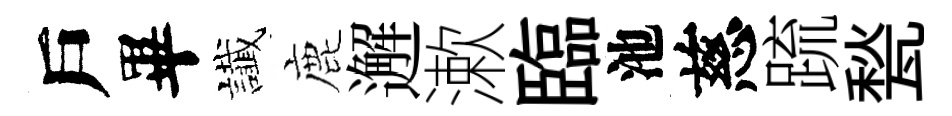
戶畢䜟鹿邂漱臨池慈䟽甃